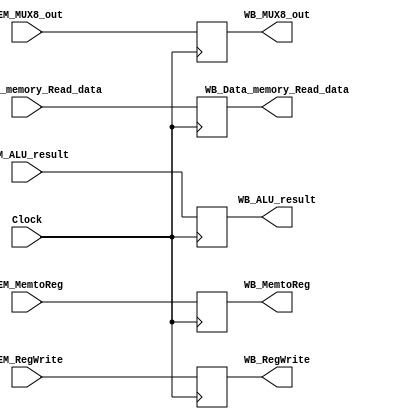
module MEM_WB (WB_MemtoReg, WB_RegWrite, WB_Data_memory_Read_data, WB_ALU_result, WB_MUX8_out,
            Clock, MEM_RegWrite, MEM_MemtoReg, MEM_Data_memory_Read_data, MEM_ALU_result, MEM_MUX8_out);
    parameter rwidth = 5;
    parameter word = 32;
    input                   Clock,                      MEM_RegWrite,       MEM_MemtoReg;
    input   [rwidth - 1:0]  MEM_MUX8_out;
    input   [word - 1:0]    MEM_Data_memory_Read_data,  MEM_ALU_result;
    output                  WB_MemtoReg,                WB_RegWrite;
    output  [rwidth - 1:0]  WB_MUX8_out;
    output  [word - 1:0]    WB_Data_memory_Read_data,   WB_ALU_result;
    reg                     WB_MemtoReg,                WB_RegWrite;
    reg     [rwidth - 1:0]  WB_MUX8_out;
    reg     [word - 1:0]    WB_Data_memory_Read_data,   WB_ALU_result;

    initial begin
        WB_MemtoReg                 <= 0;
        WB_RegWrite                 <= 0;
        WB_Data_memory_Read_data    <= 0;
        WB_ALU_result               <= 0;
        WB_MUX8_out                 <= 0;
    end

    always @ (posedge Clock) begin
        WB_MemtoReg                 <= MEM_MemtoReg;
        WB_RegWrite                 <= MEM_RegWrite;
        WB_Data_memory_Read_data    <= MEM_Data_memory_Read_data;
        WB_ALU_result               <= MEM_ALU_result;
        WB_MUX8_out                 <= MEM_MUX8_out;
    end
endmodule